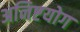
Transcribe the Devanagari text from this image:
अनिष्टयोग